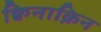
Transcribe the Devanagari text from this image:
क्विनाक्रिन